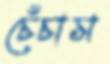
চেঁচাস